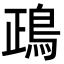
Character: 鴊